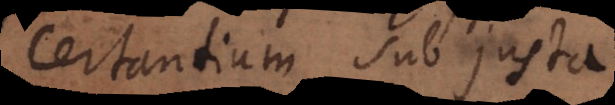
certantium sub justa